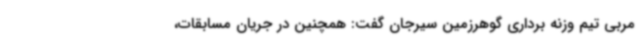
مربی تیم وزنه برداری گوهرزمین سیرجان گفت: همچنین در جریان مسابقات،